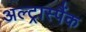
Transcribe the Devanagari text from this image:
अल्ट्रास्पैंक